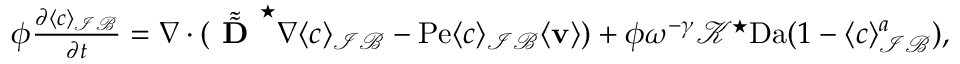
\begin{array} { r l } & { \phi \frac { \partial \langle c \rangle _ { \mathcal { I B } } } { \partial t } = \nabla \cdot ( \tilde { \tilde { \textbf { D } } } ^ { \star } \nabla \langle c \rangle _ { \mathcal { I B } } - \mathrm { P e } \langle c \rangle _ { \mathcal { I B } } \langle \mathbf { v } \rangle ) + \phi \omega ^ { - \gamma } \mathcal { K } ^ { \star } \mathrm { D a } ( 1 - \langle c \rangle _ { \mathcal { I B } } ^ { a } ) , } \end{array}